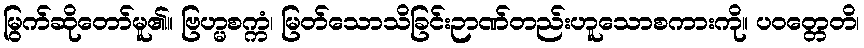
မြွက်ဆိုတော်မူ၏။ ဗြဟ္မစက္ကံ၊ မြတ်သောသိခြင်းဉာဏ်တည်းဟူသောစကားကို။ ပဝတ္တေတိ၊